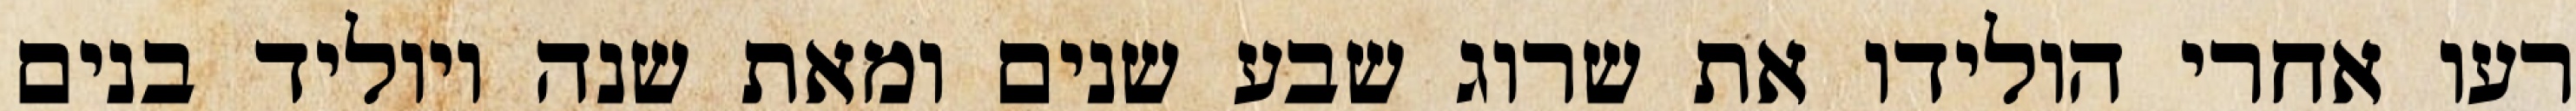
רעו אחרי הולידו את שרוג שבע שנים ומאת שנה ויוליד בנים